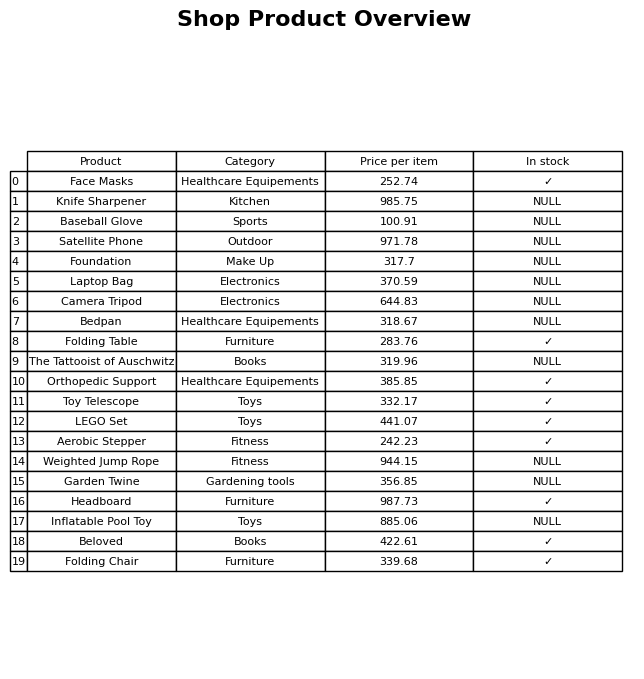
question: What is the price of the Orthopedic Support?
answer: The price of Orthopedic Support is 385.85.